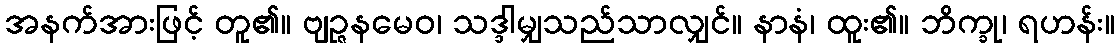
အနက်အားဖြင့် တူ၏။ ဗျဉ္ဇနမေဝ၊ သဒ္ဒါမျှသည်သာလျှင်။ နာနံ၊ ထူး၏။ ဘိက္ခု၊ ရဟန်း။